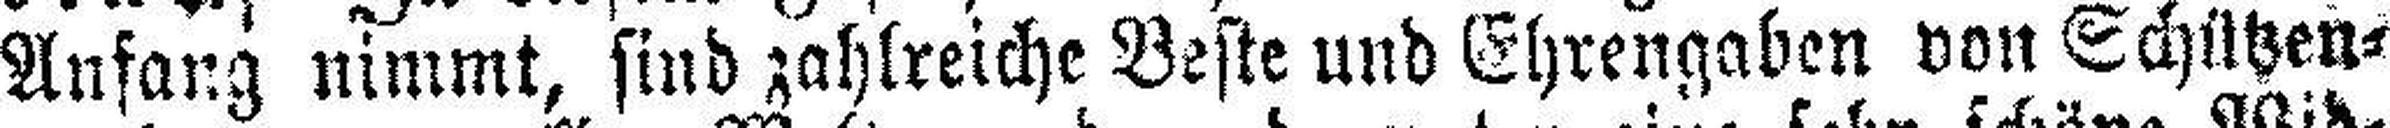
Anfang nimmt, sind zahlreiche Beste und Ehrengaben von Schützen¬